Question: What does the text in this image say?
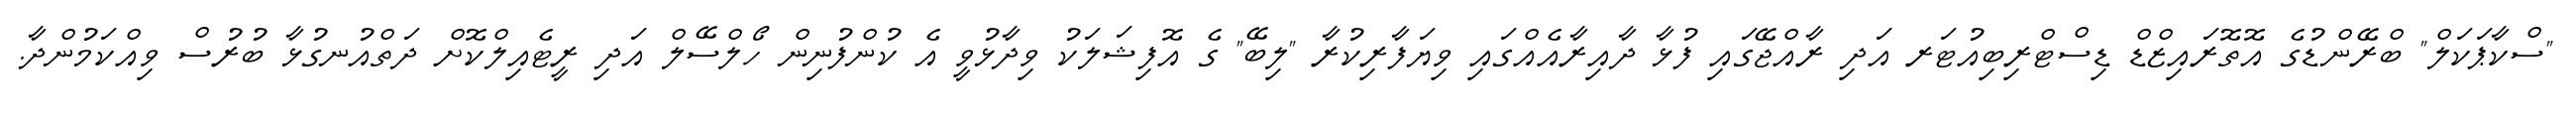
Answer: "ސްކާޕަކަލް" ބްރޭންޑުގެ އޮތޮރައިޒްޑް ޑިސްޓްރިބިއުޓަރ އަދި ރާއްޖޭގައި ފުޅާ ދާއިރާއެއްގައި ވިޔަފާރިކުރާ "ލިބޭ" ގެ އޮފިޝަލަކު ވިދާޅުވީ އެ ކުންފުނިން ހޯލްސޭލް އަދި ރީޓެއިލްކޮށް ދަތްއުނގުޅާ ބުރުސް ވިއްކަމުންދާ.